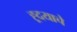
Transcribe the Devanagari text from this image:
ह्र्दयाचे